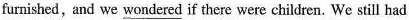
furnished,and we \underline{wondered} if there were children. We still had